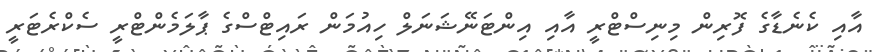
އާއި ކެނެޑާގެ ފޮރިން މިނިސްޓްރީ އާއި އިންޓަނޭޝަނަލް ހިއުމަން ރައިޓްސްގެ ޕާލަމެންޓްރީ ސެކްރެޓަރީ